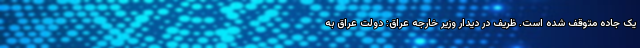
یک جاده متوقف شده است. ظریف در دیدار وزیر خارجه عراق: دولت عراق به